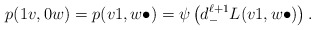
\begin{align*}p(1v, 0w) = p(v1, w\bullet) = \psi \left( d_{-}^{\ell+1} L(v1, w\bullet) \right).\end{align*}